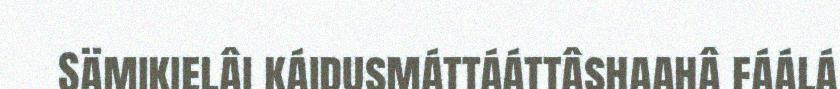
Sämikielâi káidusmáttááttâshaahâ fáálá